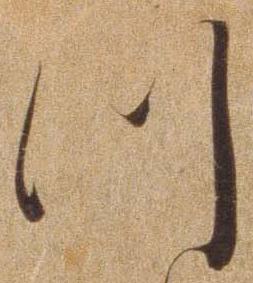
つ